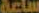
ساعة